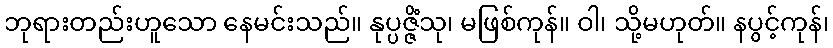
ဘုရားတည်းဟူသော နေမင်းသည်။ နုပ္ပဇ္ဇိံသု၊ မဖြစ်ကုန်။ ဝါ၊ သို့မဟုတ်။ နပွင့်ကုန်၊